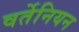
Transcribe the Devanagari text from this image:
वर्तेनियन